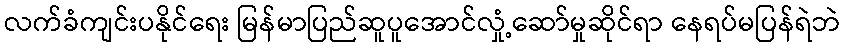
လက်ခံကျင်းပနိုင်ရေး မြန်မာပြည်ဆူပူအောင်လှုံ့ဆော်မှုဆိုင်ရာ နေရပ်မပြန်ရဲဘဲ